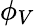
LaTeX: \phi_{V}